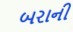
બરાની